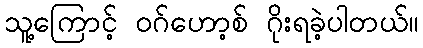
သူ့ကြောင့် ဝဂ်ဟော့စ် ဂိုးရခဲ့ပါတယ်။